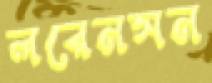
লরেনসন